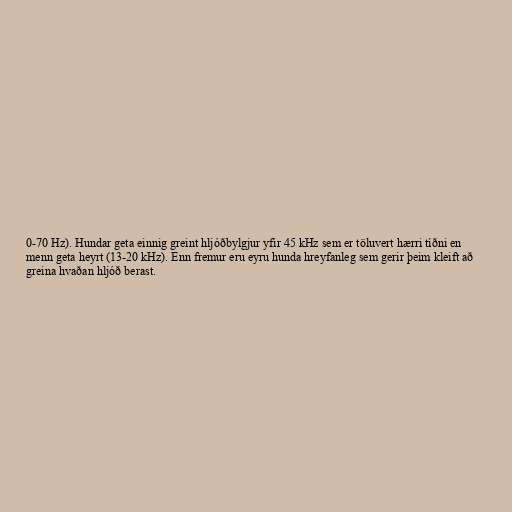
0-70 Hz). Hundar geta einnig greint hljóðbylgjur yfir 45 kHz sem er töluvert hærri tíðni en
menn geta heyrt (13-20 kHz). Enn fremur eru eyru hunda hreyfanleg sem gerir þeim kleift að
greina hvaðan hljóð berast.